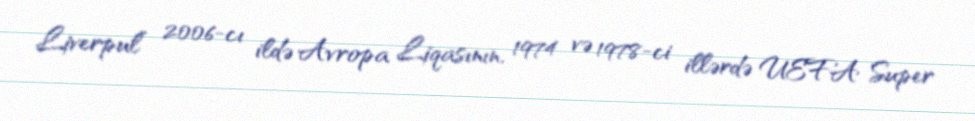
Liverpul” 2006-cı ildə Avropa Liqasının, 1974 və 1978-ci illərdə UEFA Super